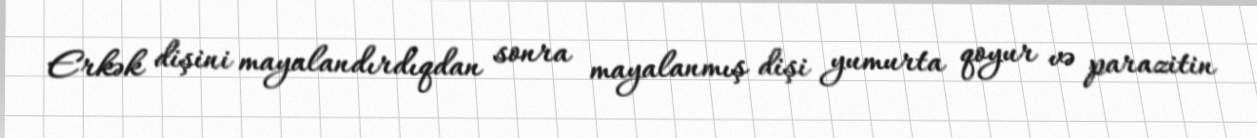
Erkək dişini mayalandırdıqdan sonra mayalanmış dişi yumurta qoyur və parazitin